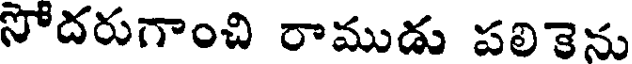
సోదరుగాంచి రాముడు పలికెను